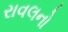
રાવલનો